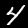
Digit: 4